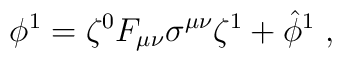
\phi^1 = \zeta^0 F_{\mu\nu} \sigma^{\mu\nu} \zeta^1 + \hat\phi^1 \; ,